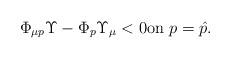
LaTeX: \begin{align*} \Phi_{\mu p}\Upsilon-\Phi_{p}\Upsilon_{\mu}<0 \textrm{on } p=\hat{p}.\end{align*}